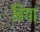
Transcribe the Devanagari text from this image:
बिंगा